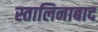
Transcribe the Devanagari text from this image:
स्तालिनाबाद